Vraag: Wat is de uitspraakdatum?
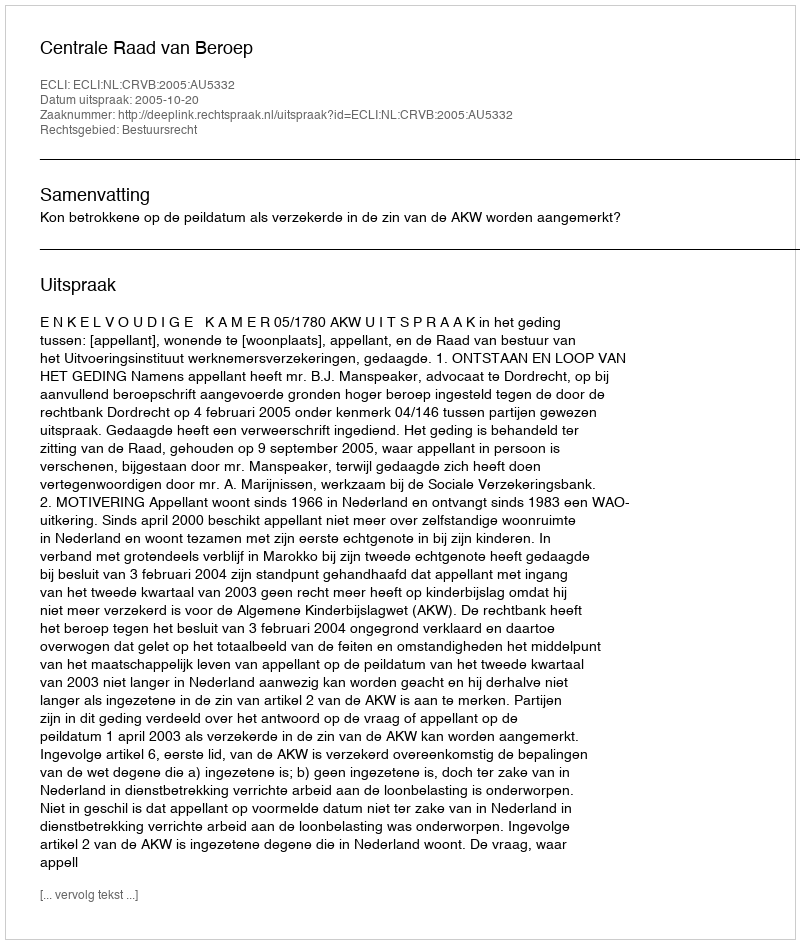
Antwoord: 2005-10-20